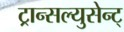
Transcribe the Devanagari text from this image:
ट्रान्सल्युसेन्ट्